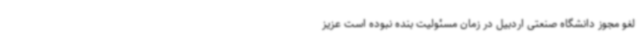
لغو مجوز دانشگاه صنعتی اردبیل در زمان مسئولیت بنده نبوده است عزیز